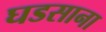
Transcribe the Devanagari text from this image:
घडसाना